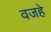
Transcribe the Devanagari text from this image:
वजहे